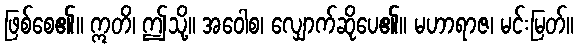
ဖြစ်စေ၏။ ဣတိ၊ ဤသို့။ အဝေါစ၊ လျှောက်ဆိုပေ၏။ မဟာရာဇ၊ မင်းမြတ်။